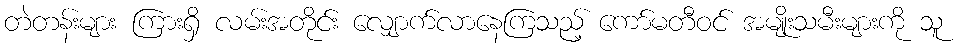
တဲတန်းများ ကြားရှိ လမ်းအတိုင်း လျှောက်လာနေကြသည့် ကော်မတီဝင် အမျိုးသမီးများကို သူ